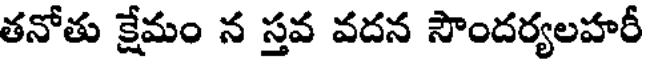
తనోతు క్షేమం న స్తవ వదన సౌందర్యలహరీ